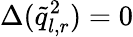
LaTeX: \Delta(\tilde{q}_{l,r}^{2})=0